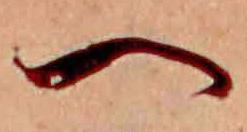
へ